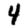
Digit: 4